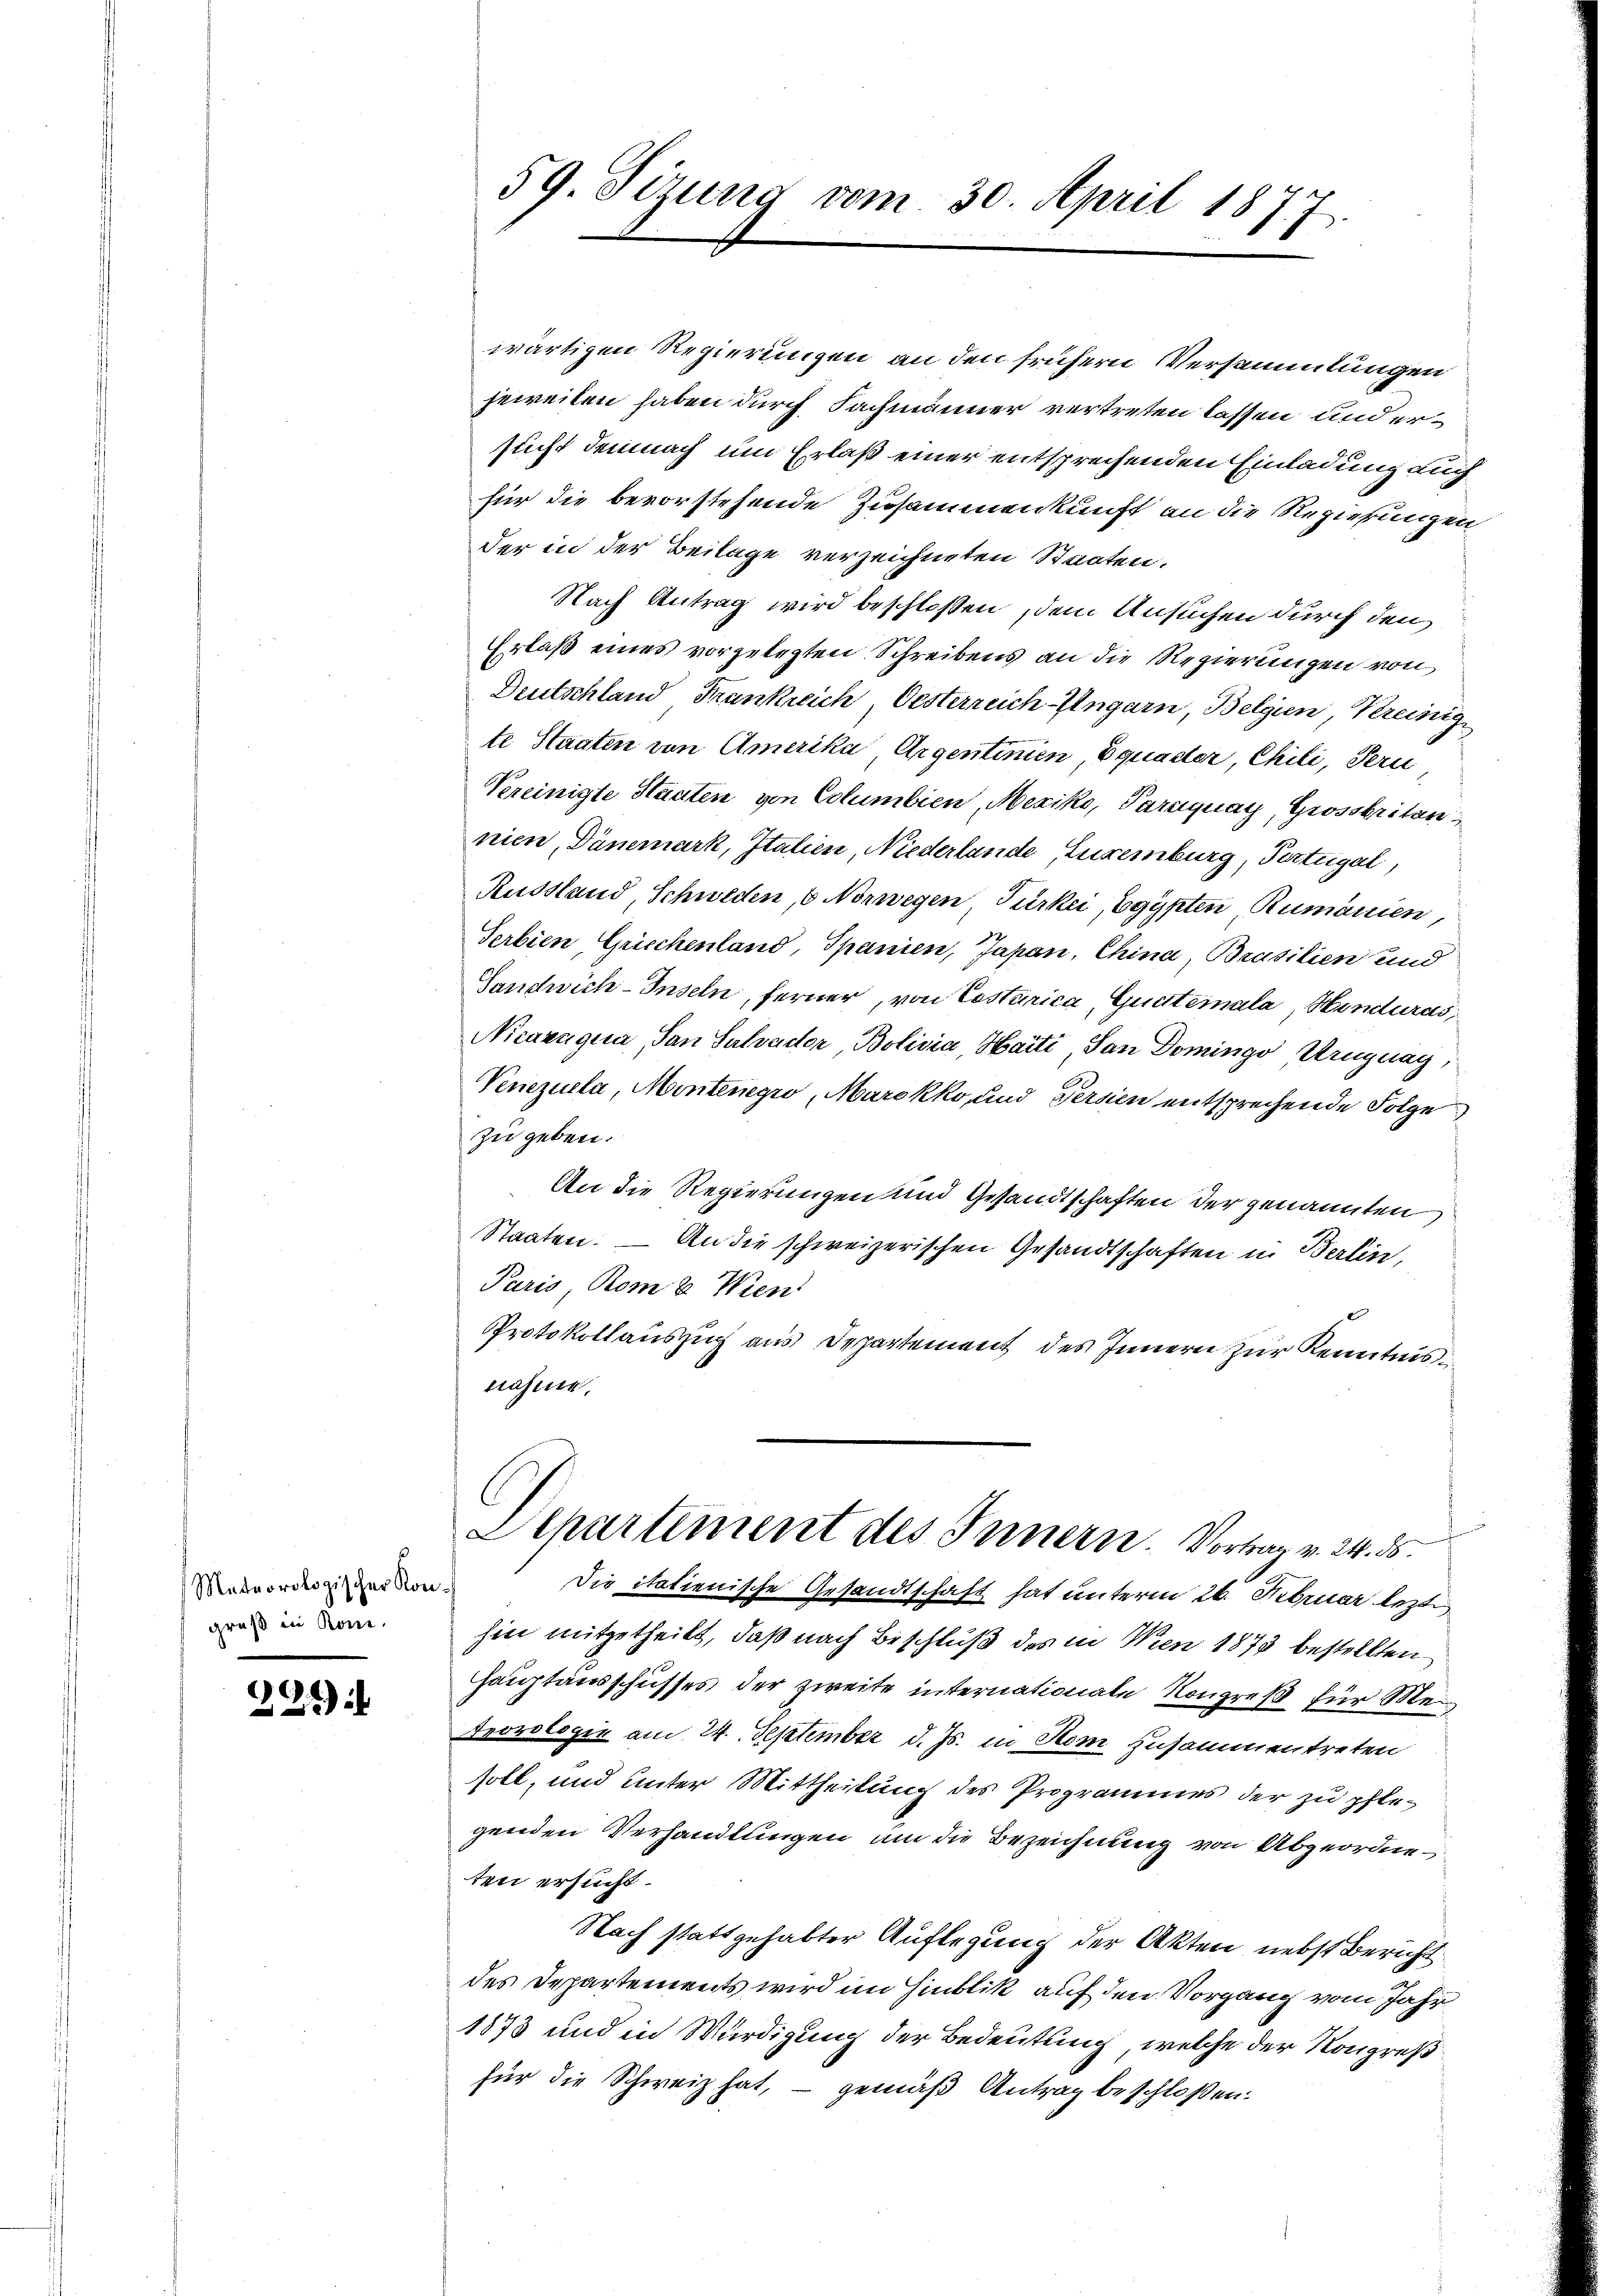
Mateorologischer Kon
groß in Rom.

221)

59. Sizung vom 30. April 1877

wärtigen Regierungen an den frühern Versammlungen
jeweilen haben durch Fachmänner vertreten lassen und ersucht demnach um Erlaß einer entsprechenden Einladung auch
für die bevorstehende Zusammenkunft an die Regierungen,
der in der Beilage verzeichneten Staaten.
Nach Antrag wird beschloßen, dem Ansuchen durch den
Erlaß eines vorgelegten Schreibens an die Regierungen von
Deutschland Frankreich, Oesterreich-Ungarn, Belgien Kreinig
te Staaten von Amerika Aigentinien quader, Chili, Pern
Vereinigte Staaten von Columbien, Mexiko, Paraguay, Grossbritan
nien, Dämmark, Italien, Niederlande Euremburg, Torteigel,
Russland, Schweden, 6. Norwegen, Turker, Egypten, Rumänien
Serbien Griechenland, Spanien, Japan, China, Brasilien und
Sandwich-Inseln, ferner, von Testarica, Gurteinala, Hinduras,
Nicaruqua, San Salvactor Bolivia, Harti, San Domingo Uruguag,
Venezuela, Montenegro, Marokko und Persien entsprechende Folge
zu geben.
An die Regierungen und Gesandtschaften der genannten
Staaten. — An die schweizerischen Gesandtschaften in Berlin,
Paris Rom 8. Wien
Protokollauszug aus Departement des Innern zur Kenntnis
nahme.
Departement des Innern. Vortrag v. 24. d.
Die italienische Gesandtschaft hat unterm 26. Februar lezt
hin mitgetheilt, daß nach Beschluß des in Wien 1873 bestellten
Hauptausschusses der zweite internationale Kongreß für Mei
Teorologie am 24. September d. Js. in Hom zusammentreten
soll, und unter Mittheilung des Programmes der zu pflegenden Verhandlungen um die Bezeichnung von Abgeordneten ersucht
Nach stattgehabter Auflegung der Akten nebst Bericht
des Departements wird im Hinblik auf den Vorgang vom Jahr
1873 und in Würdigung der Bedeutung, welche der Kongreßfür die Schweiz hat, – gemäß Antrag beschloßen: